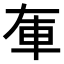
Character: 𨊦